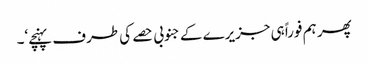
پھر ہم فوراً ہی جزیرے کے جنوبی حصے کی طرف پہنچے‘۔